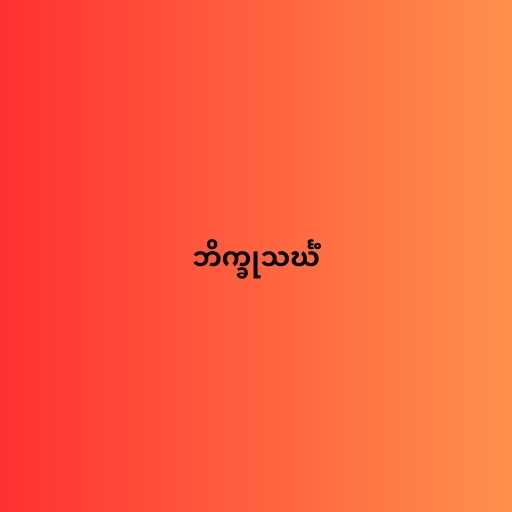
ဘိက္ခုသင်္ဃံ